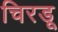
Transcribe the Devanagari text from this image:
चिरडू